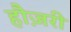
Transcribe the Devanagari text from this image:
हौज़री